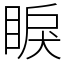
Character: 睙